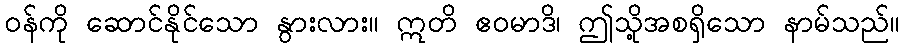
ဝန်ကို ဆောင်နိုင်သော နွားလား။ ဣတိ ဧဝမာဒိ၊ ဤသို့အစရှိသော နာမ်သည်။